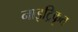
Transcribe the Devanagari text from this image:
नाइट्रिकृत